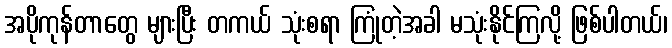
အပိုကုန်တာတွေ များပြီး တကယ် သုံးစရာ ကြုံတဲ့အခါ မသုံးနိုင်ကြလို့ ဖြစ်ပါတယ်၊